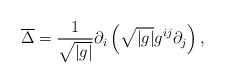
LaTeX: \begin{align*}\overline{\Delta} = \frac{1}{\sqrt{|g|}} \partial_i\left ( \sqrt{|g|} g^{ij} \partial_j \right ),\end{align*}